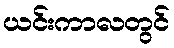
ယင်းကာလတွင်